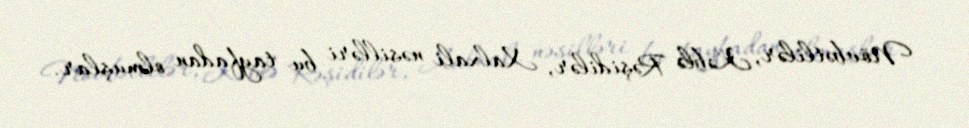
Növbətlilər, Kəblə Rəşidilər, Xalxali nəsilləri bu tayfadan olmuşlar.